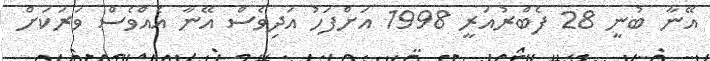
އޭނާ ބުނީ 28 ފެބްރުއަރީ 1998 އަށްފަހު އަދިވެސް އޭނާ އެއްވެސް ވަރަކަށް